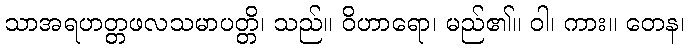
သာအရဟတ္တဖလသမာပတ္တိ၊ သည်။ ဝိဟာရော၊ မည်၏။ ဝါ၊ ကား။ တေန၊